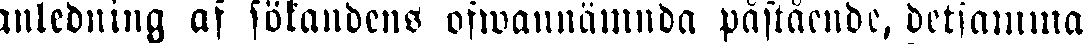
anledning af sökandens ofwannämnda påstående, detsamma